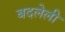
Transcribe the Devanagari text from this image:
बदलेली